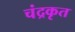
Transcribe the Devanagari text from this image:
चंद्रकृत